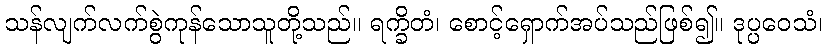
သန်လျက်လက်စွဲကုန်သောသူတို့သည်။ ရက္ခိတံ၊ စောင့်ရှောက်အပ်သည်ဖြစ်၍။ ဒုပ္ပဝေသံ၊